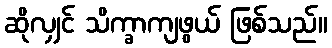
ဆိုလျှင် သိက္ခာကျဖွယ် ဖြစ်သည်။